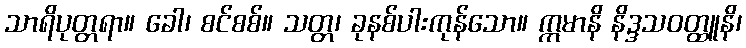
သာရိပုတ္တရာ။ ခေါ၊ စင်စစ်။ သတ္တ၊ ခုနစ်ပါးကုန်သော။ ဣမာနိ နိဒ္ဒသဝတ္ထူနိ၊